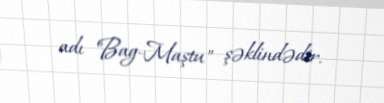
adı "Bag-Maştu" şəklindədir.